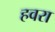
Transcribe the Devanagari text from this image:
हवरा